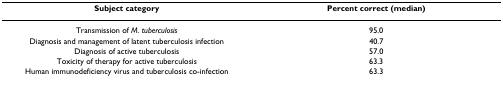
<table><thead><tr><td><b>Subject category</b></td><td><b>Percent correct (median)</b></td></tr></thead><tbody><tr><td>Transmission of <i>M. tuberculosis</i></td><td>95.0</td></tr><tr><td>Diagnosis and management of latent tuberculosis infection</td><td>40.7</td></tr><tr><td>Diagnosis of active tuberculosis</td><td>57.0</td></tr><tr><td>Toxicity of therapy for active tuberculosis</td><td>63.3</td></tr><tr><td>Human immunodeficiency virus and tuberculosis co-infection</td><td>63.3</td></tr></tbody></table>